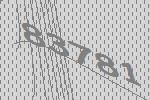
83781